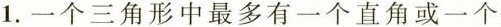
1.一个三角形中最多有一个直角或一个